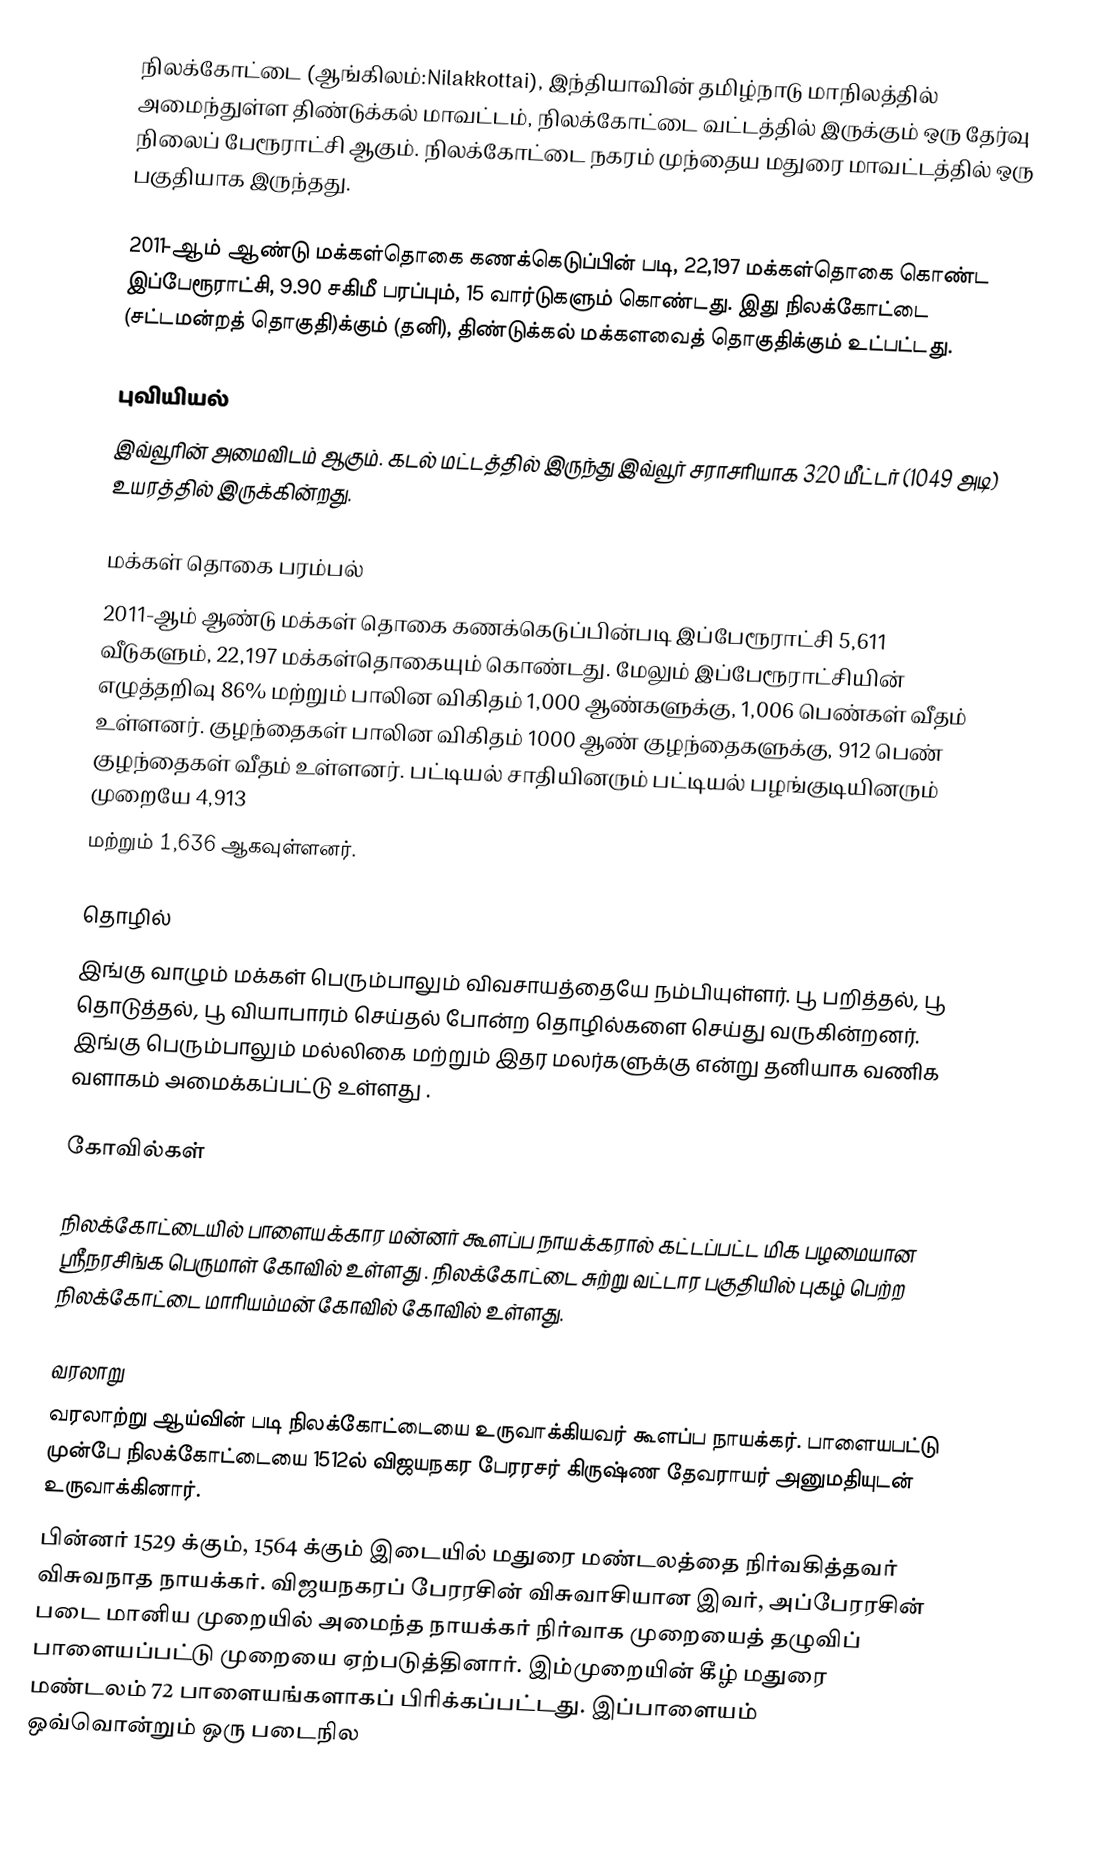
நிலக்கோட்டை (ஆங்கிலம்:Nilakkottai), இந்தியாவின் தமிழ்நாடு மாநிலத்தில் அமைந்துள்ள திண்டுக்கல் மாவட்டம், நிலக்கோட்டை வட்டத்தில் இருக்கும் ஒரு தேர்வு நிலைப் பேரூராட்சி ஆகும். நிலக்கோட்டை நகரம் முந்தைய மதுரை மாவட்டத்தில் ஒரு பகுதியாக இருந்தது.

2011-ஆம் ஆண்டு மக்கள்தொகை கணக்கெடுப்பின் படி, 22,197 மக்கள்தொகை கொண்ட இப்பேரூராட்சி,   9.90 சகிமீ பரப்பும்,   15 வார்டுகளும் கொண்டது. இது நிலக்கோட்டை (சட்டமன்றத் தொகுதி)க்கும் (தனி), திண்டுக்கல் மக்களவைத் தொகுதிக்கும் உட்பட்டது.

புவியியல்
இவ்வூரின் அமைவிடம்  ஆகும். கடல் மட்டத்தில் இருந்து இவ்வூர் சராசரியாக 320 மீட்டர் (1049 அடி) உயரத்தில் இருக்கின்றது.

மக்கள் தொகை பரம்பல்
2011-ஆம் ஆண்டு மக்கள் தொகை கணக்கெடுப்பின்படி   இப்பேரூராட்சி     5,611   வீடுகளும்,     22,197 மக்கள்தொகையும் கொண்டது. மேலும் இப்பேரூராட்சியின் எழுத்தறிவு  86% மற்றும்  பாலின விகிதம் 1,000 ஆண்களுக்கு, 1,006 பெண்கள் வீதம் உள்ளனர். குழந்தைகள் பாலின விகிதம் 1000 ஆண் குழந்தைகளுக்கு,    912  பெண் குழந்தைகள் வீதம் உள்ளனர்.  பட்டியல் சாதியினரும் பட்டியல் பழங்குடியினரும்  முறையே 4,913
மற்றும்  1,636 ஆகவுள்ளனர்.

தொழில்
இங்கு வாழும் மக்கள் பெரும்பாலும் விவசாயத்தையே நம்பியுள்ளர். பூ பறித்தல், பூ தொடுத்தல், பூ வியாபாரம் செய்தல் போன்ற தொழில்களை செய்து வருகின்றனர்.  இங்கு பெரும்பாலும் மல்லிகை மற்றும் இதர மலர்களுக்கு என்று தனியாக வணிக வளாகம் அமைக்கப்பட்டு உள்ளது .

கோவில்கள்

நிலக்கோட்டையில் பாளையக்கார மன்னர் கூளப்ப நாயக்கரால் கட்டப்பட்ட மிக பழமையான ஸ்ரீநரசிங்க பெருமாள் கோவில் உள்ளது . நிலக்கோட்டை சுற்று வட்டார பகுதியில் புகழ் பெற்ற நிலக்கோட்டை மாரியம்மன் கோவில் கோவில் உள்ளது.

வரலாறு
வரலாற்று ஆய்வின் படி நிலக்கோட்டையை உருவாக்கியவர் கூளப்ப நாயக்கர். பாளையபட்டு முன்பே நிலக்கோட்டையை 1512ல் விஜயநகர பேரரசர் கிருஷ்ண தேவராயர் அனுமதியுடன் உருவாக்கினார்.
பின்னர் 1529 க்கும், 1564 க்கும் இடையில் மதுரை மண்டலத்தை நிர்வகித்தவர் விசுவநாத நாயக்கர். விஜயநகரப் பேரரசின் விசுவாசியான இவர், அப்பேரரசின் படை மானிய முறையில் அமைந்த நாயக்கர் நிர்வாக முறையைத் தழுவிப் பாளையப்பட்டு முறையை ஏற்படுத்தினார். இம்முறையின் கீழ் மதுரை மண்டலம் 72 பாளையங்களாகப் பிரிக்கப்பட்டது. இப்பாளையம் ஒவ்வொன்றும் ஒரு படைநில